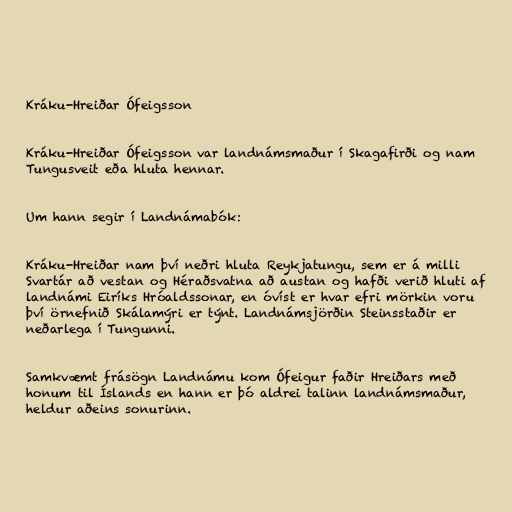
Kráku-Hreiðar Ófeigsson

Kráku-Hreiðar Ófeigsson var landnámsmaður í Skagafirði og nam
Tungusveit eða hluta hennar.

Um hann segir í Landnámabók:

Kráku-Hreiðar nam því neðri hluta Reykjatungu, sem er á milli
Svartár að vestan og Héraðsvatna að austan og hafði verið hluti af
landnámi Eiríks Hróaldssonar, en óvíst er hvar efri mörkin voru
því örnefnið Skálamýri er týnt. Landnámsjörðin Steinsstaðir er
neðarlega í Tungunni.

Samkvæmt frásögn Landnámu kom Ófeigur faðir Hreiðars með
honum til Íslands en hann er þó aldrei talinn landnámsmaður,
heldur aðeins sonurinn.